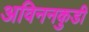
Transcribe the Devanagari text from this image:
अविननकुडी